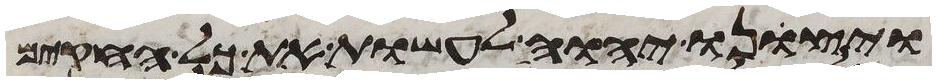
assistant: ויצונו יהוה לעשות את כל החקים